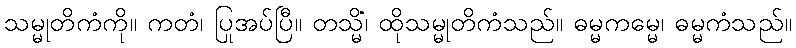
သမ္မုတိကံကို။ ကတံ၊ ပြုအပ်ပြီ။ တသ္မိံ၊ ထိုသမ္မုတိကံသည်။ ဓမ္မကမ္မေ၊ ဓမ္မကံသည်။